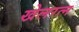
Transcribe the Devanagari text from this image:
खेलरत्‍न